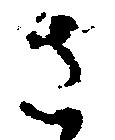
さ